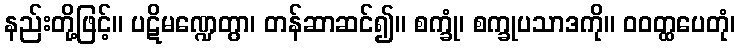
နည်းတို့ဖြင့်။ ပဋိမဏ္ဍေတွာ၊ တန်ဆာဆင်၍။ စက္ခုံ၊ စက္ခုပသာဒကို။ ဝဝတ္ထပေတုံ၊